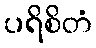
ပရိစိတံ